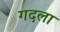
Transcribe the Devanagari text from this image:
गदला